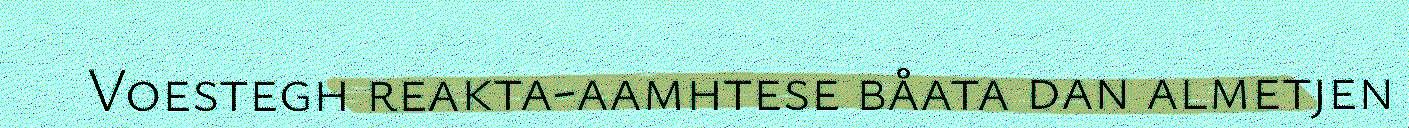
Voestegh reakta-aamhtese båata dan almetjen